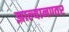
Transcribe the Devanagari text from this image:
झाल्यानण्तर